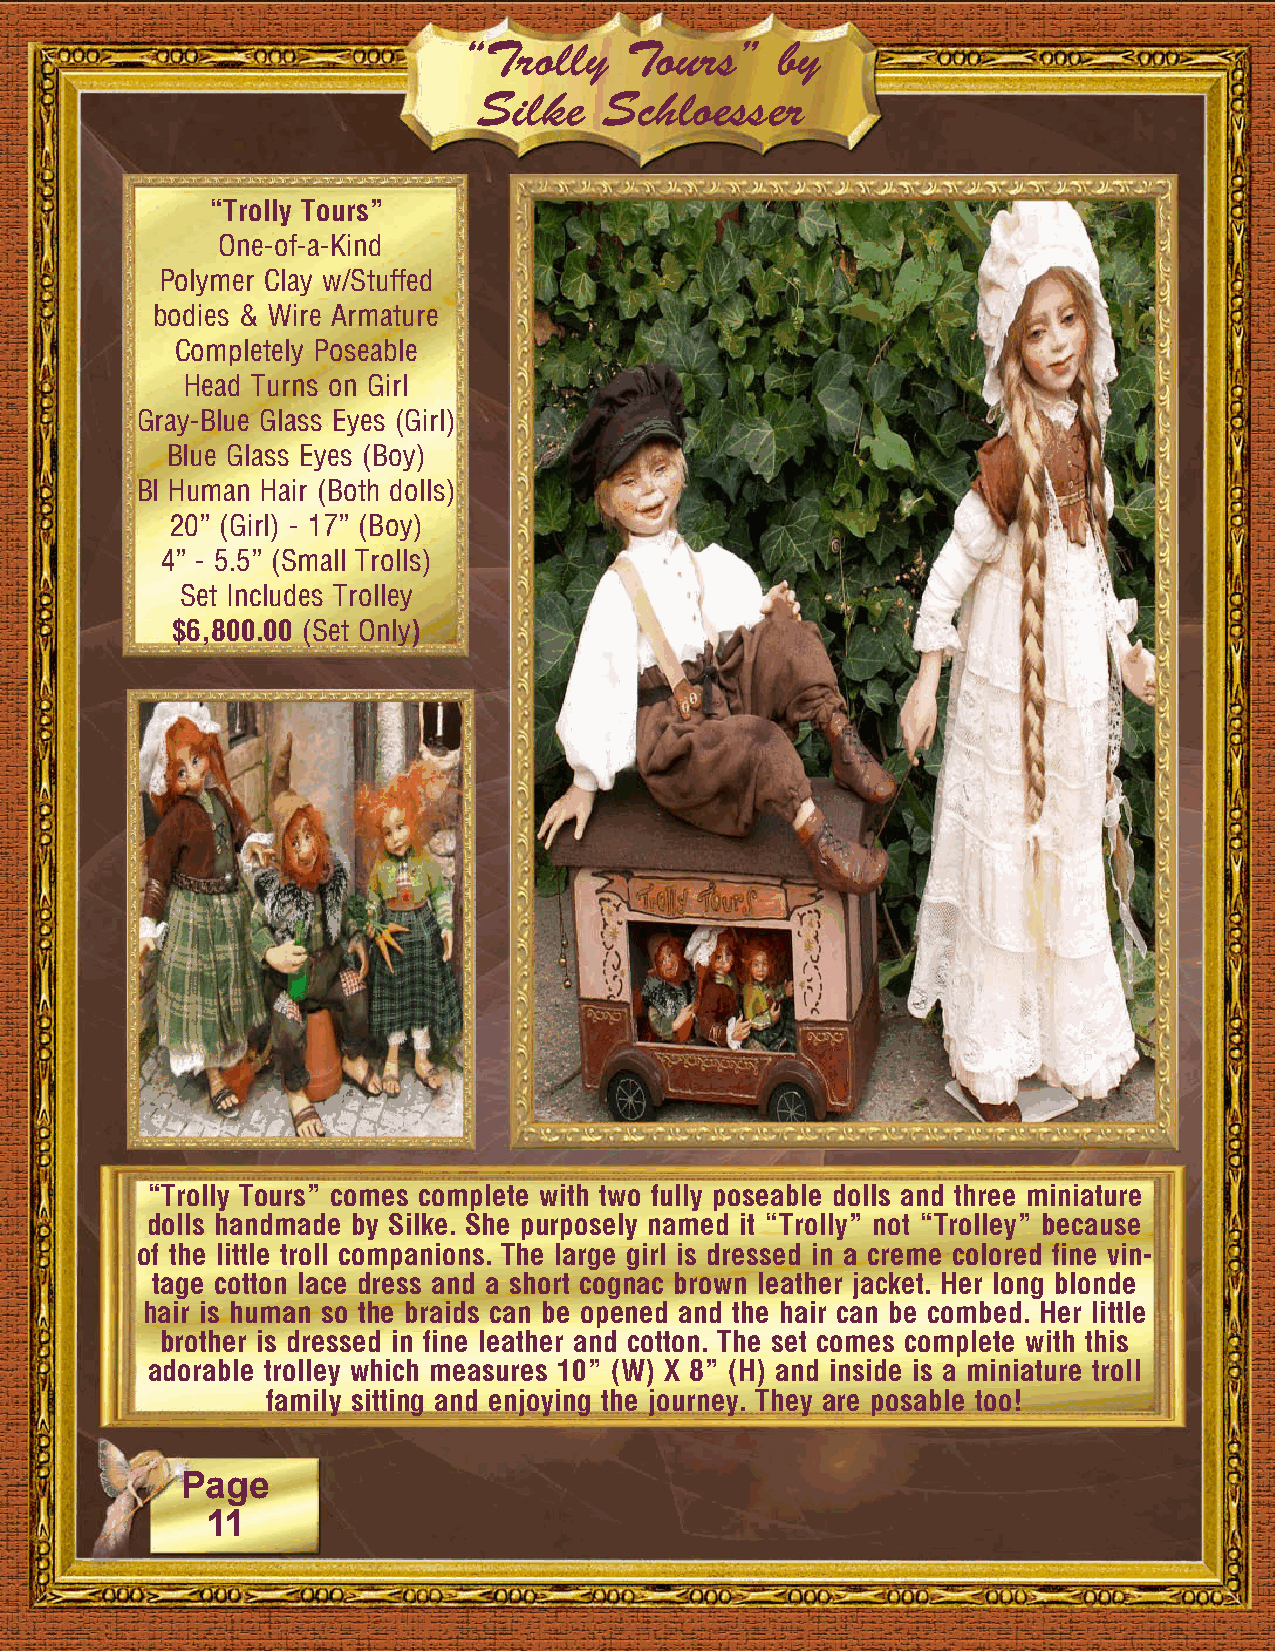
“Trolly   Tours”    by
 Silke   Schloesser
 “Trolly Tours”
 One-of-a-Kind
 Polymer Clay w/Stuffed
 bodies & Wire Armature
 Completely Poseable
 Head Turns on Girl
 Gray-Blue Glass Eyes (Girl)
 Blue Glass Eyes (Boy)
 Bl Human Hair (Both dolls)
 20” (Girl) - 17” (Boy)
 4” - 5.5” (Small Trolls)
 Set Includes Trolley
 $6,800.00 (Set Only)
 “Trolly Tours” comes complete with two fully poseable dolls and three miniature
 dolls handmade by Silke. She purposely named it “Trolly” not “Trolley” because
 of the little troll companions. The large girl is dressed in a creme colored fine vin-
 tage cotton lace dress and a short cognac brown leather jacket. Her long blonde
 hair is human so the braids can be opened and the hair can be combed. Her little
 brother is dressed in fine leather and cotton. The set comes complete with this
 adorable trolley which measures 10” (W) X 8” (H) and inside is a miniature troll
 family sitting and enjoying the journey. They are posable too!
 Page
 11